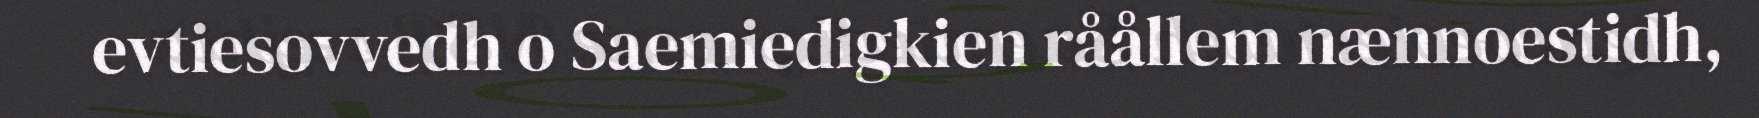
evtiesovvedh o Saemiedigkien råållem nænnoestidh,